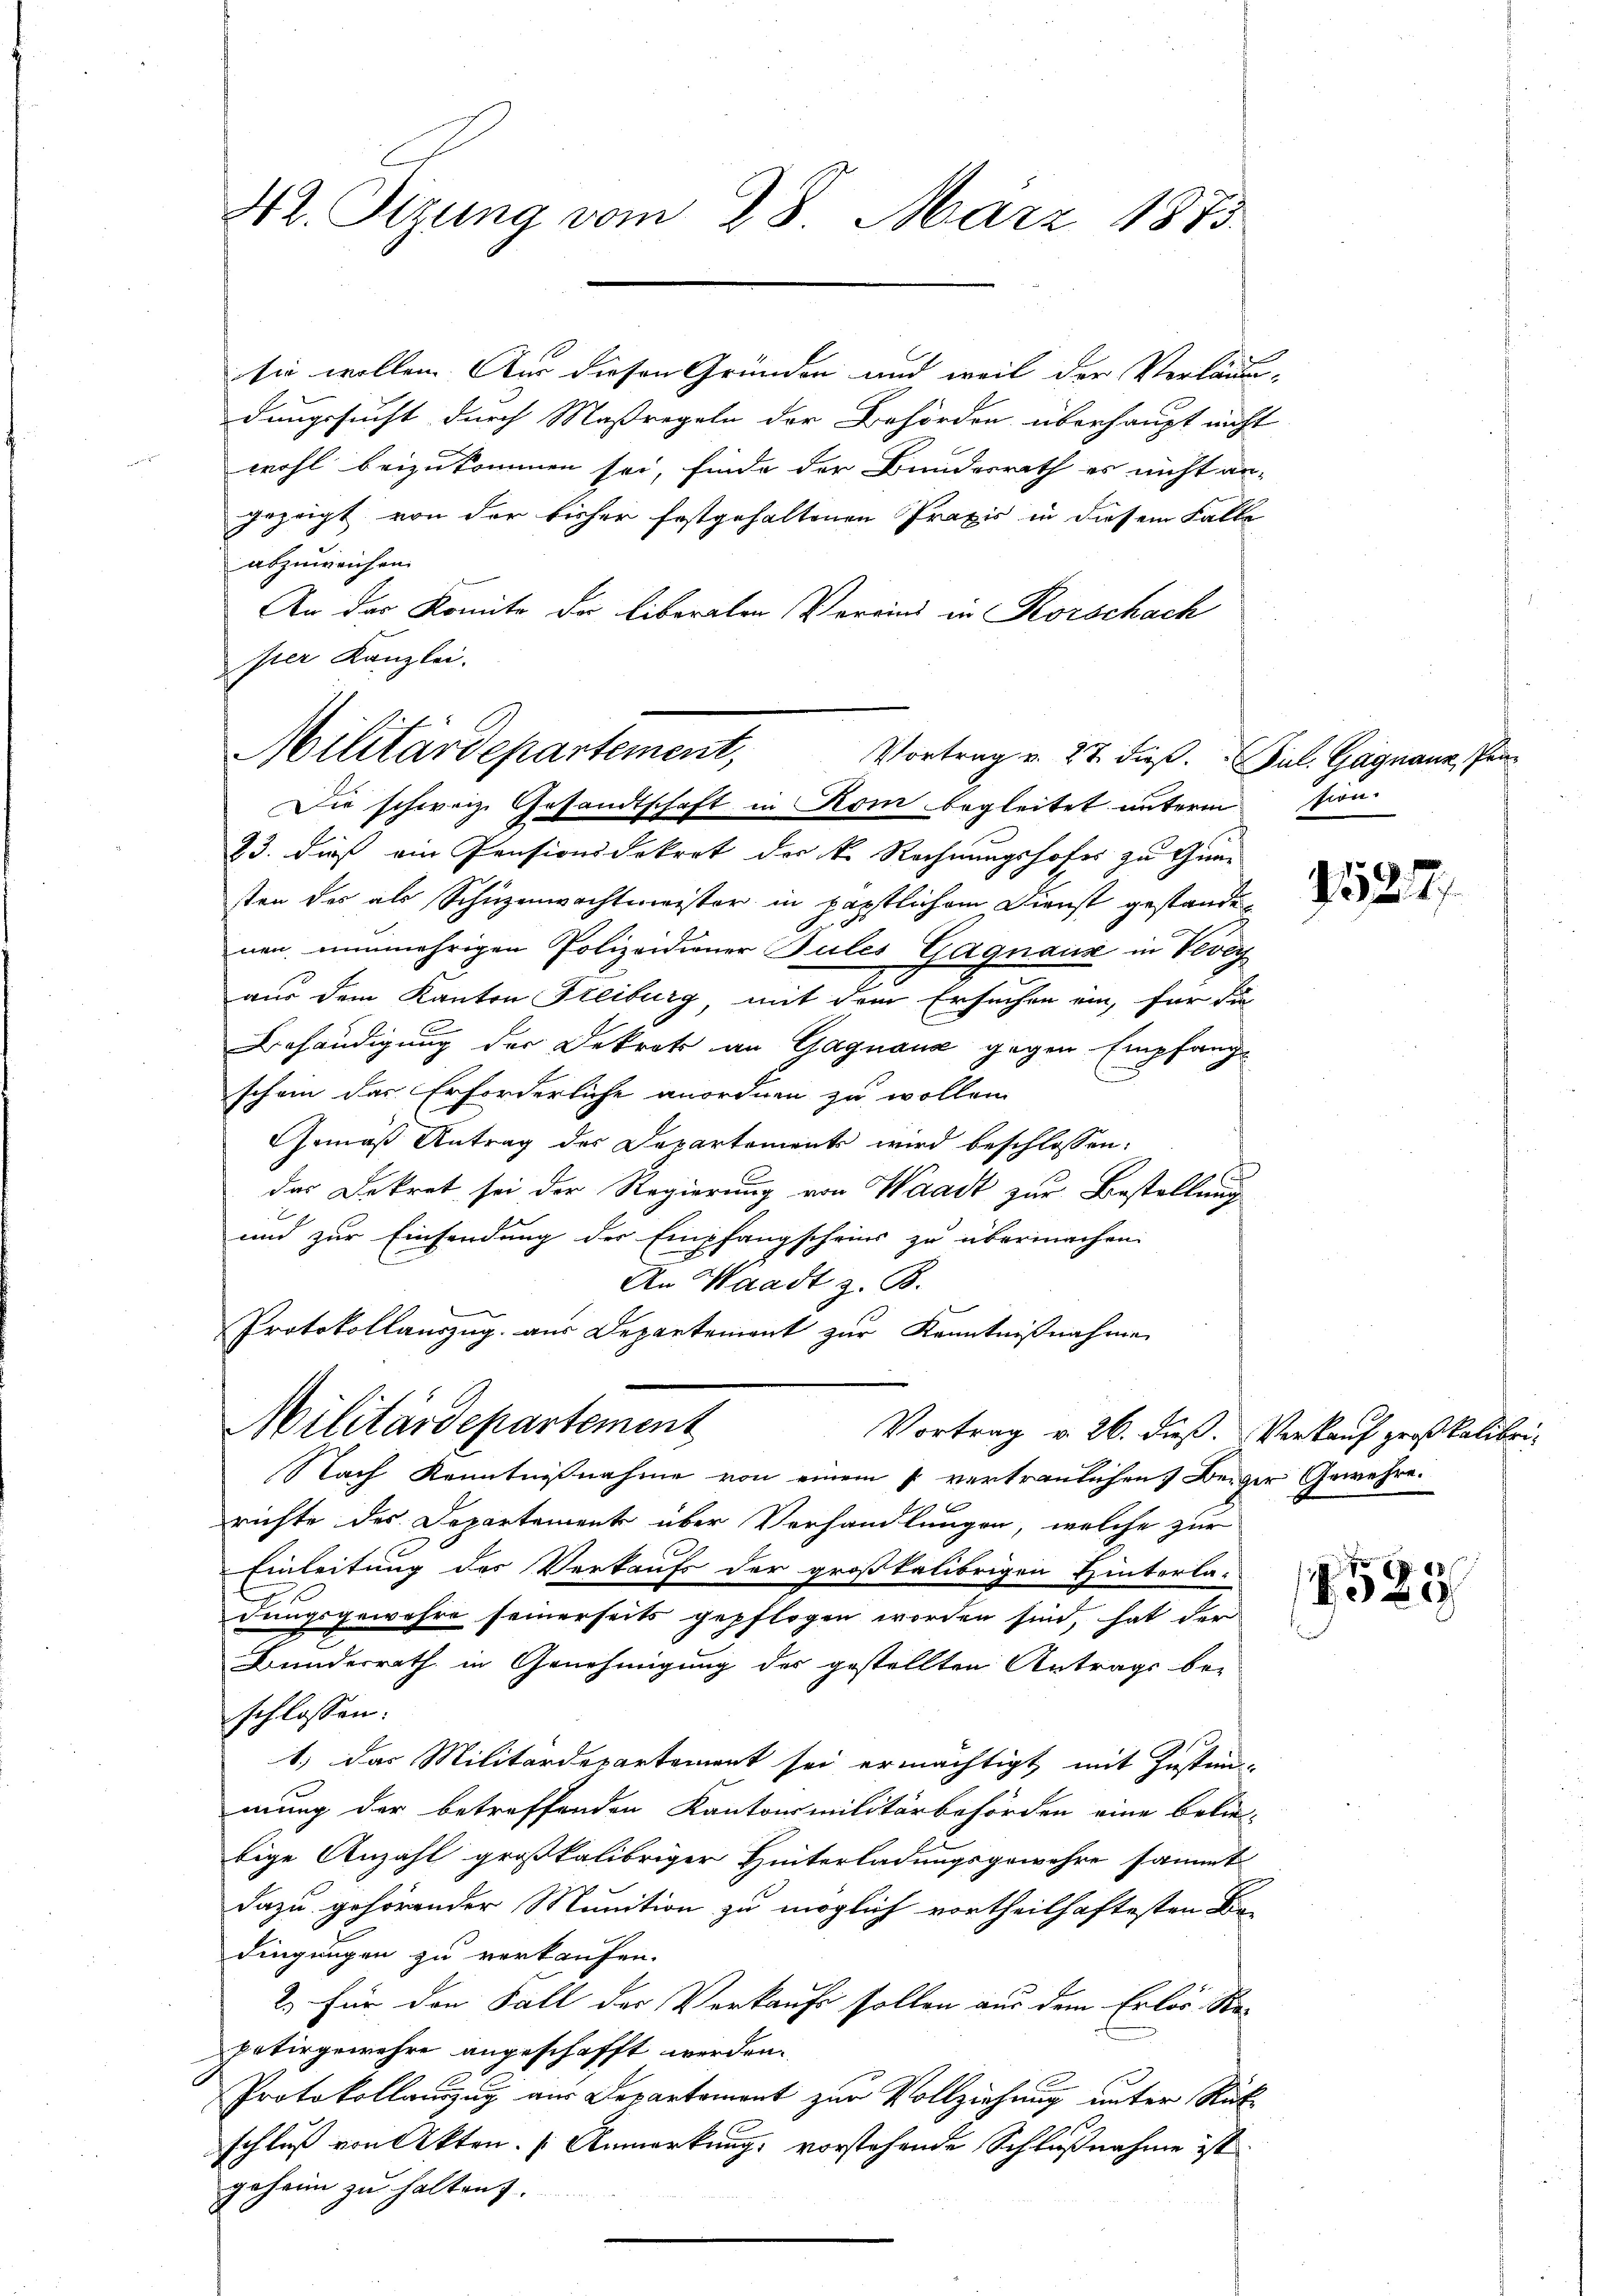
42. Sizung vom 28. März 1873.

Militärdepartement,
Vortrag v. 27. dieß. Jul. Gagnauz, Pan
Die schweiz. Gesandtschaft in Kom begleitet unterm

sie wollen. Aus diesen Gründen und weil der Verläu-
dungssucht durch Maßregeln der Behörden überhaupt nicht
wohl beizukommen sei, finde der Bundesrath es nicht an-
gezeigt von der bisher festgehaltenen Praxis in diesem Falle
abzuweichen.
An das Komite de liberaten Vereins in Rorschach
pter Kanzlei.

Protokollaŭszŭg aŭs Departement zŭr Kenntniβnahme
Militärdepartement

23. dieß ein Pensionsdekret der k. Rechnungshofes zu Gunsten des als Schuzenwachtmeister in päpstlichem Dienst gestandenen nunmehrigen Polizeidiener Pules Gagnaux in Vevey
.
aus dem Kanton Freiburg, mit dem Ersuchen ein, für die
Behändigung der Dekret an Gaguana gegen Empfange
schein das Erforderliche anordnen zu wollen
Gemäß Antrag der Departements wird beschlossen:
das Dekret sei der Regierung von Waadt zur Bestellung
und zur Einsendung der Empfangscheins zu übermachen.
An Waadt z. B.
Nach Kenntnißnahme von einem 7 vertraulichen Beiger Gewehre.
richte des Departemente über Verhandlungen, welche zur
Einleitung des Verkaufs der großkelibrigen Hinterla-
dungsgewehre seinerseits gepflogen worden sind, hat der
Bundesrath in Genehmigung des gestellten Antrags be-
schlossen:
1.) Das Militärdepartement sei ermächtigt, mit Instim-
mung der betreffenden Kantonsmilitärbehörden eine belie-
bige Anzahl großkalibriger Hinterladungsgewehre sammt
dazu gehörender Munition zu möglich vortheilhaftesten Be-
dingungen zu verkaufen.
2.) Für den Fall der Verkaufs sollen aus dem Erlos. Sta-
petirgewehre angeschafft werden.
Protokollauszug aus Departement zur Vollziehung unter Rück
schluß von Akten. (Anmerkung, vorstehende Schlußnahme ist
geheim zu halten.

Vortrag v. 26. dieß. Verkauf großkalibri-

sion:

127.

18
1520